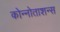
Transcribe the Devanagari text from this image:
कोन्नोताशन्स